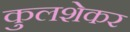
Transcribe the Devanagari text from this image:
कुलशेकर